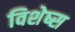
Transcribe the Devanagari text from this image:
विशेष्स